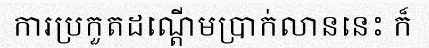
ការប្រកួតដណ្តើមប្រាក់លាននេះ ក៏